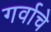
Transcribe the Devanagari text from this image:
गर्वाचे